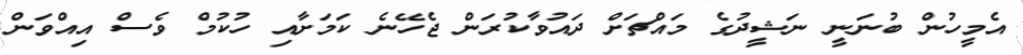
އެމީހުން ބުނަނީ ނަޝީދުގެ މައްޗަށް ދައުވާކުރަން ޖެހޭނެ ކަމަށާއި ހުކުމް ވެސް އިއްވަން